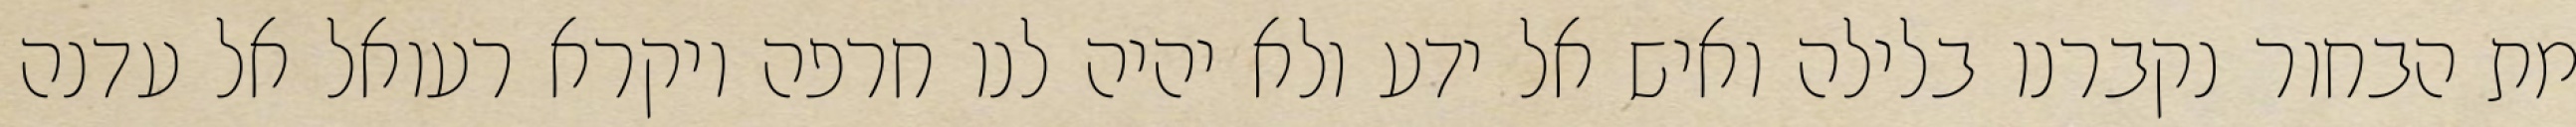
מת הבחור נקברנו בלילה ואיש אל ידע ולא יהיה לנו חרפה ויקרא רעואל אל עדנה